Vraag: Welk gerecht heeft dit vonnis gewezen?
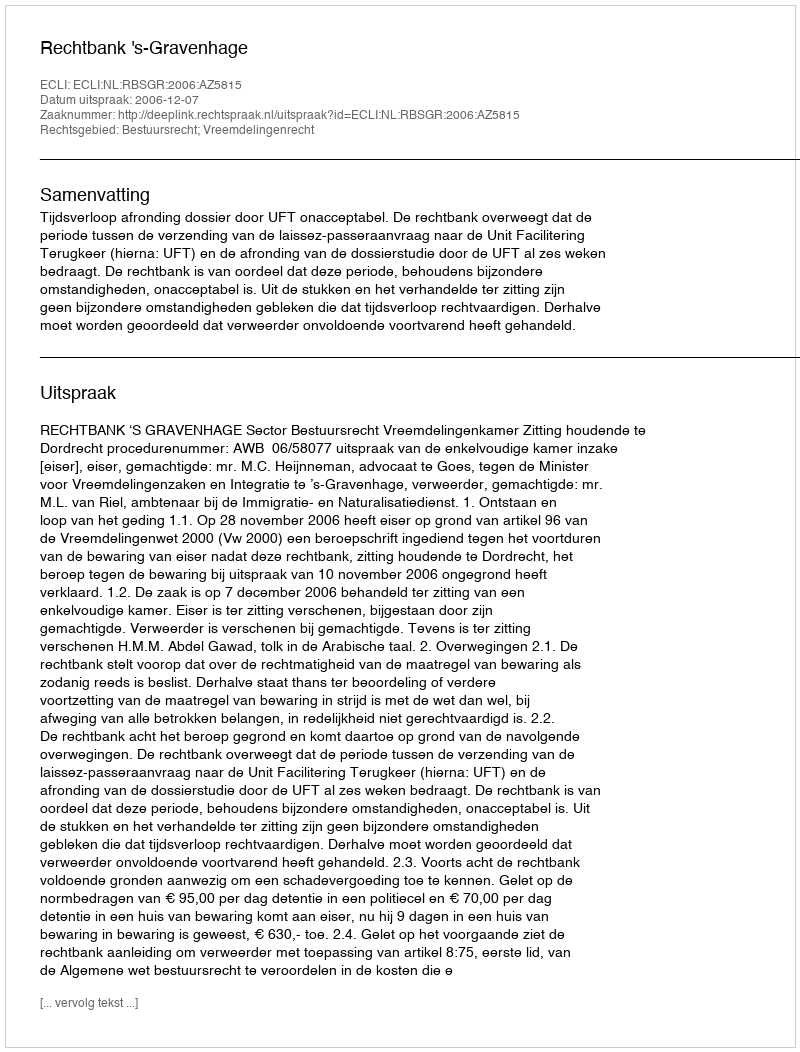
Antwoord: Rechtbank 's-Gravenhage